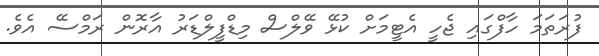
ފުރަތަމަ ހާފްގައި ޖެހީ އެޓީމަށް ކުޅޭ ވޭލްސް މިޑްފީލްޑަރު އާރޮން ރަމްސޭ އެވެ.